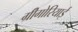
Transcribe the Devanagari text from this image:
ग्रीगोरियाई